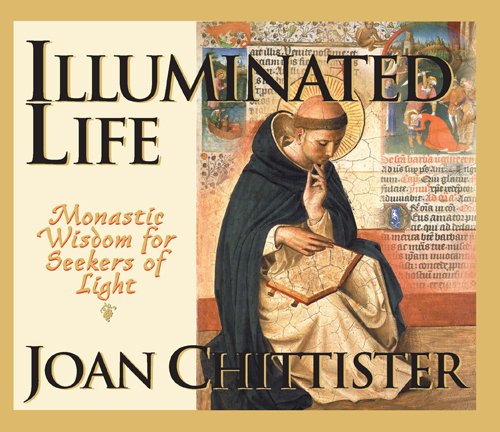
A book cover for Illuminated Life: Monastic Wisdom for Seekers of Light; Joan Chittister; Christian Books & Bibles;